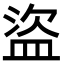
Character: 盜